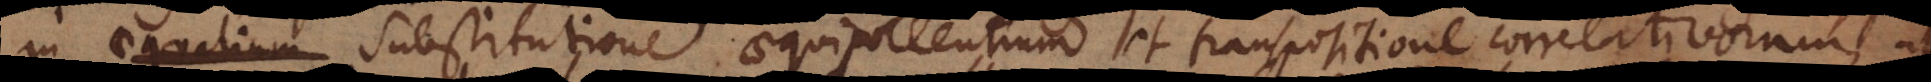
in aequalium substitutione aequipollentium et transpositione correlativorum,